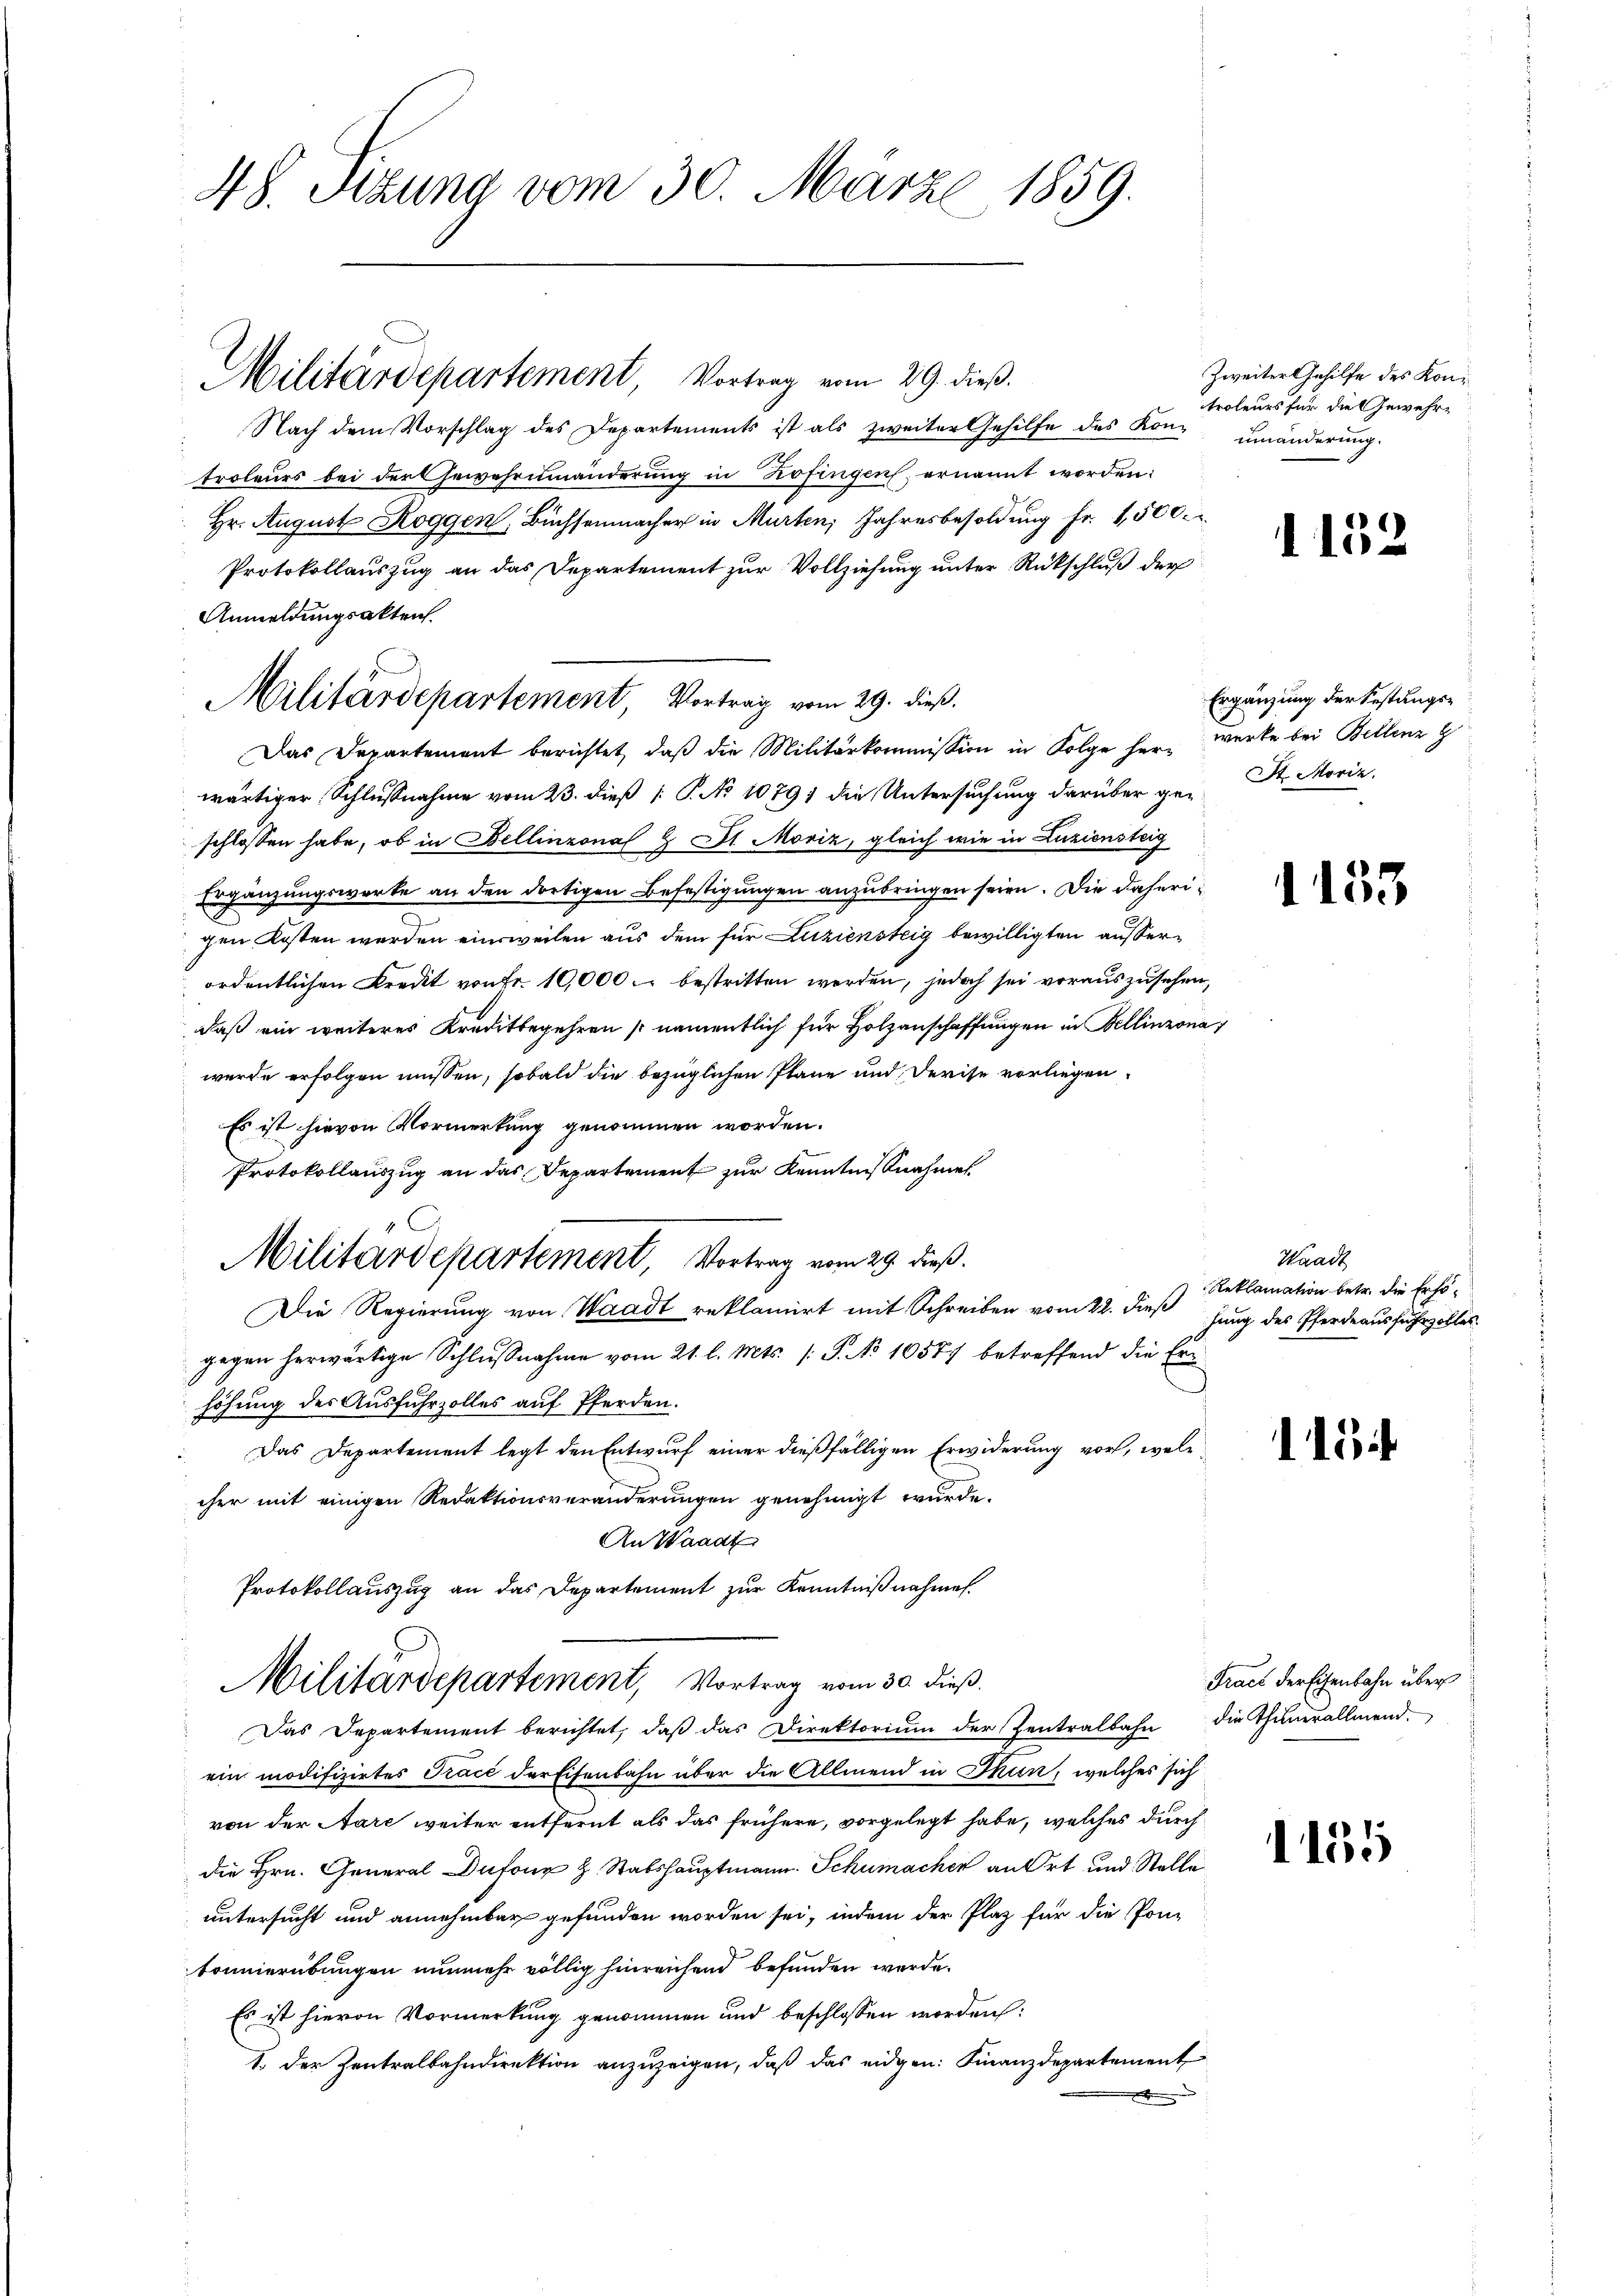
48. Szung vom 30. März 1859.

Militärdepartement, Vortrag vom 29. dieß.
Nach dem Vorschlag des Departements ist als zweiter Gehilfe des Kon- umänderung
troleurs bei der Gewahrnmänderung in Zofingen ernannt worden:
Hr. August Roggen, Büchsenmacher in Murten Jahresbesoldung Fr. 1,500.
Protokollauszug an das Departement zur Vollziehung unter Rückschluß der
Das Departement berichtet, daß die Militärkommission in Folge her werke bei Bellenz z
wärtiger Schlußnahme vom 23. dieß [ P. No 1079) die Untersuchung darüber ge-St. Moriz
schlossen habe, ob in Bellinzona St. Moriz, gleich wie in Luziensteig
Ergänzungsworte an den dortigen Befestigungen anzubringen seien. Die daherigen Kosten werden einsweilen aus dem für Luziensteig bewilligten ausserordentlichen Kredit von Fr. 10,000. bestritten werden, jedoch sei vorauszusehen,
daß ein weiteres Kreditbegehren (namentlich für Holzanschaffungen in Bellinzona
wurde erfolgen müssen, sobald die bezüglichen Pläne und Derse vorliegen.
Es ist hievon Vormerkung genommen worden.
Protokollauszug an das Departement zur Kenntnisnahmes
Die Regierung von Waadt reklamirt mit Schreiben vom 22. dieß
gegen herwärtige Schlußnahme vom 21. l. Mts. /: P. No 10577 betreffend die Erihöhung des Ausfuhrzolles auf Pferden.
Das Departement legt den Entwurf einer dießfälligen Erwiderung vor, wele
cher mit einigen Redaktionsveränderungen genehmigt wurde.
An Waadt
Protokollauszug an das Departement zur Kenntnißnahmen.
Militärdepartement, Vortrag vom 30. dieß.
Das Departement berichtet, daβ das Direktoriŭm der Zentralbahn die Thunerallmend.
ein modifizirtes Tracé der Eisenbahn über die Allmend in Thun, welches sich
von der Aare weiter entfernt als das frühere, vorgelegt habe, welches durch
die Hrn. General Dufour H. Stabshauptmann. Schumacher an Ort und Stelle
untersucht und annehmbar gefunden worden sei, indem der Plaz für die Pon-
bonnierübungen nunmehr völlig hinreichend befunden werde.
Es ist hievon Vormerkung genommen und beschlossen worden:
1. Der Zentralbahndirektion anzuzeigen, daß das eidgen: Finanzdepartement

Anmeldungsakten.
Militärdepartement, Vortrag vom 29. dieß.

Militärdepartement, Vortrag vom 29. dieß.

Zweiter Gehilfe des Kontroleurs für die Gewehr¬

1152.

Ergänzung der Festungs¬

1153

Waadt
Reklamation betr. die Erhöhung des Pferdeausfuhrzolles.

134

Tract der Eisenbahn über

155